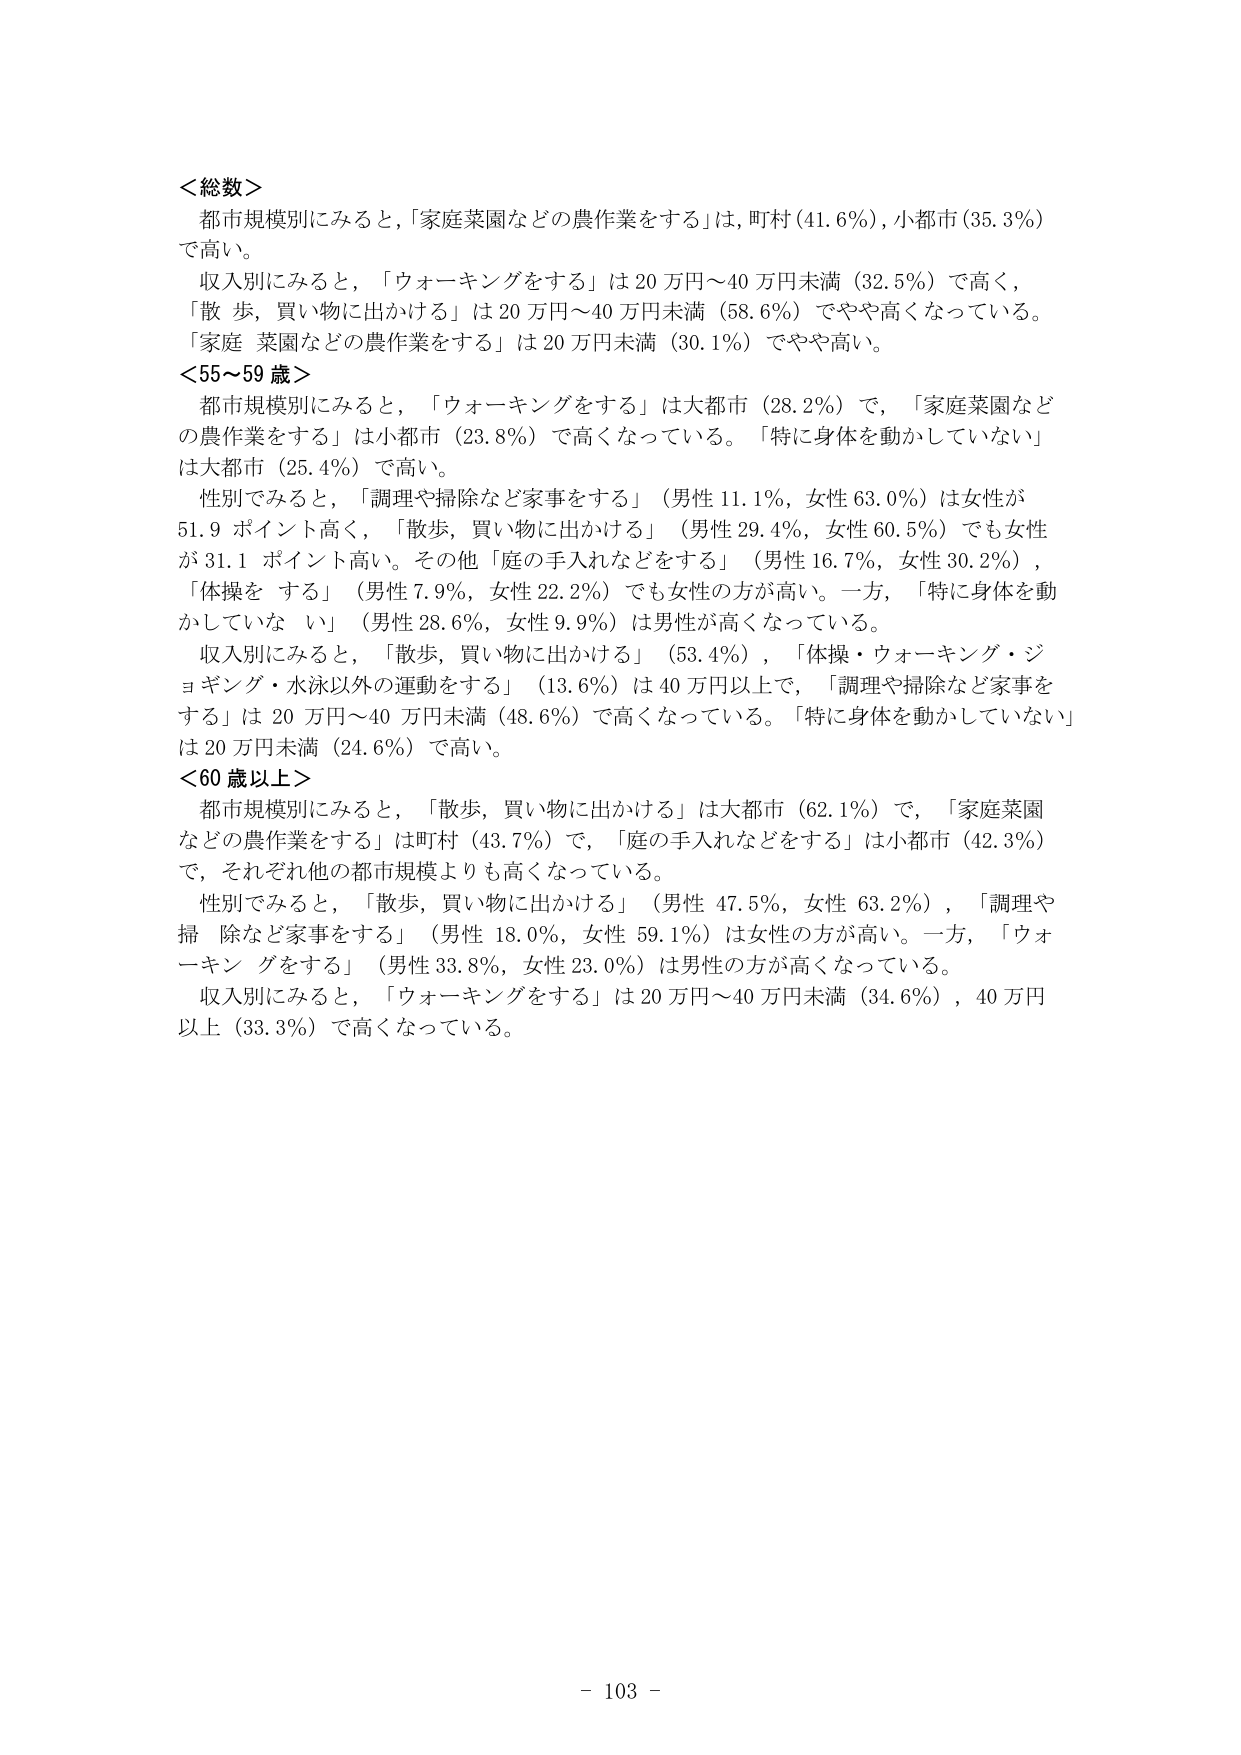
＜総数＞
都市規模別にみると，「家庭菜園などの農作業をする」は，町村（41.6％），小都市（35.3％）で高い。
収入別にみると，「ウォーキングをする」は20万円～40万円未満（32.5％）で高く，「散歩，買い物に出かける」は20万円～40万円未満（58.6％）でやや高くなっている。「家庭菜園などの農作業をする」は20万円未満（30.1％）でやや高い。

＜55～59歳＞
都市規模別にみると，「ウォーキングをする」は大都市（28.2％）で，「家庭菜園などの農作業をする」は小都市（23.8％）で高くなっている。「特に身体を動かしていない」は大都市（25.4％）で高い。
性別でみると，「調理や掃除など家事をする」（男性11.1％，女性63.0％）は女性が51.9ポイント高く，「散歩，買い物に出かける」（男性29.4％，女性60.5％）でも女性が31.1ポイント高い。その他「庭の手入れなどををする」（男性16.7％，女性30.2％），「体操をする」（男性7.9％，女性22.2％）でも女性の方が高い。一方，「特に身体を動かしていない」（男性28.6％，女性9.9％）は男性が高くなっている。
収入別にみると，「散歩，買い物に出かける」（53.4％），「体操・ウォーキング・ジョギング・水泳以外の運動をする」（13.6％）は40万円以上で，「調理や掃除など家事をする」は20万円～40万円未満（48.6％）で高くなっている。「特に身体を動かしていない」は20万円未満（24.6％）で高い。

＜60歳以上＞
都市規模別にみると，「散歩，買い物に出かける」は大都市（62.1％）で，「家庭菜園などの農作業をする」は町村（43.7％）で，「庭の手入れなどををする」は小都市（42.3％）で，それぞれ他の都市規模よりも高くなっている。
性別でみると，「散歩，買い物に出かける」（男性47.5％，女性63.2％），「調理や掃除など家事をする」（男性18.0％，女性59.1％）は女性の方が高い。一方，「ウォーキングをする」（男性33.8％，女性23.0％）は男性の方が高くなっている。
収入別にみると，「ウォーキングをする」は20万円～40万円未満（34.6％），40万円以上（33.3％）で高くなっている。

- 103 -